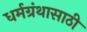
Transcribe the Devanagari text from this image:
धर्मग्रंथासाठी